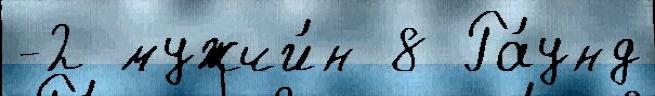
-2 мужчи́н 8 Ра́унд